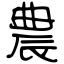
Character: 農